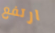
ارتفع